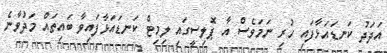
އަދަދު ކަނޑައަޅާފައި ހުރި ނަމަވެސް އާ ޕޮލިސީގައި ލިމިޓް ކަނޑައަޅާފައިވާ ބައިތައް މަދުވާނެ